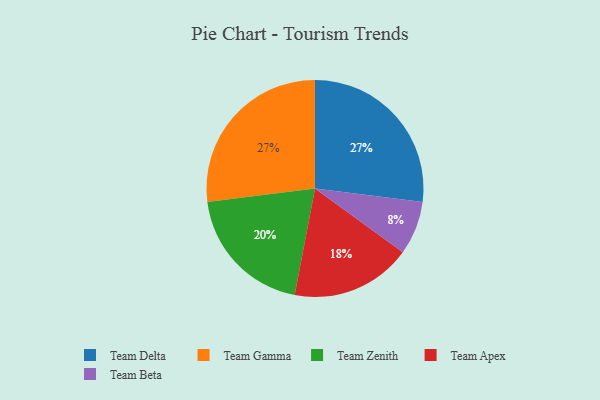
{"axis": {"x": "Category", "y": "Percentage"}, "legend": ["Team Apex", "Team Beta", "Team Delta", "Team Gamma", "Team Zenith"], "data": [{"x": "Team Beta", "y": 8, "type": "Team Beta"}, {"x": "Team Zenith", "y": 20, "type": "Team Zenith"}, {"x": "Team Apex", "y": 18, "type": "Team Apex"}, {"x": "Team Delta", "y": 27, "type": "Team Delta"}, {"x": "Team Gamma", "y": 27, "type": "Team Gamma"}]}